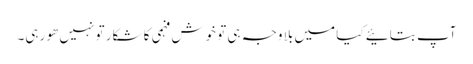
آپ بتائیے کیا میں بلا وجہ ہی تو خوش فہمی کا شکار تو نہیں ھو رہی۔